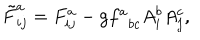
\tilde { F } _ { i j } ^ { a } = F _ { i j } ^ { a } - \mathrm { g } f _ { \; \; b c } ^ { a } A _ { i } ^ { b } A _ { j } ^ { c } ,